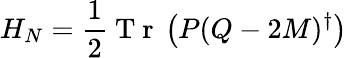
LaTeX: H_{N}=\frac{1}{2}\mathrm{~T~r~}\left(P(Q-2M)^{\dagger}\right)